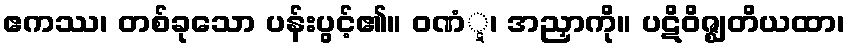
ဧကဿ၊ တစ်ခုသော ပန်းပွင့်၏။ ဝဏံ္ဋ၊ အညှာကို။ ပဋိဝိဇ္ဈတိယထာ၊